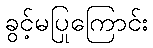
ခွင့်မပြုကြောင်း